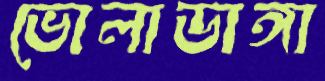
ভোলাডাঙ্গা